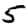
Digit: 5